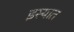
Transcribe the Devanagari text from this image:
इस्यात